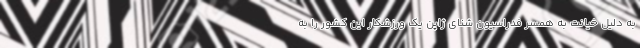
به دلیل خیانت به همسر فدراسیون شنای ژاپن یک ورزشکار این کشور را به